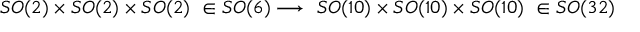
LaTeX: S O ( 2 ) \times S O ( 2 ) \times S O ( 2 ) \ \in S O ( 6 ) \longrightarrow \ S O ( 1 0 ) \times S O ( 1 0 ) \times S O ( 1 0 ) \ \in S O ( 3 2 )